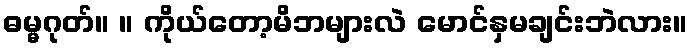
ဓမ္မဂုတ်။ ။ ကိုယ်တော့မိဘများလဲ မောင်နှမချင်းဘဲလား။